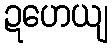
ဍဟေယျ